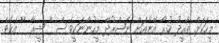
މީހަކަށް ތާއީދު ކުރާ އޭނާއަށް ނަޞްރުދޭ މީހުންނަކީވެސް '' ޝީޢާ '' އެކެވެ.